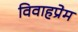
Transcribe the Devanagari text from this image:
विवाहप्रेम